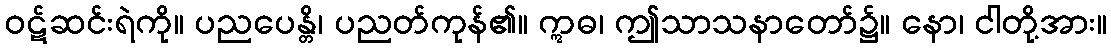
ဝဋ်ဆင်းရဲကို။ ပညပေန္တိ၊ ပညတ်ကုန်၏။ ဣဓ၊ ဤသာသနာတော်၌။ နော၊ ငါတို့အား။